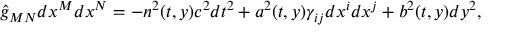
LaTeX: \hat { g } _ { M N } d x ^ { M } d x ^ { N } = - n ^ { 2 } ( t , y ) c ^ { 2 } d t ^ { 2 } + a ^ { 2 } ( t , y ) \gamma _ { i j } d x ^ { i } d x ^ { j } + b ^ { 2 } ( t , y ) d y ^ { 2 } ,